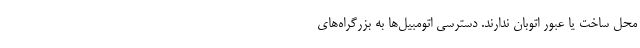
محلِ ساخت یا عبور اتوبان ندارند. دسترسی اتومبیل‌ها به بزرگراه‌های